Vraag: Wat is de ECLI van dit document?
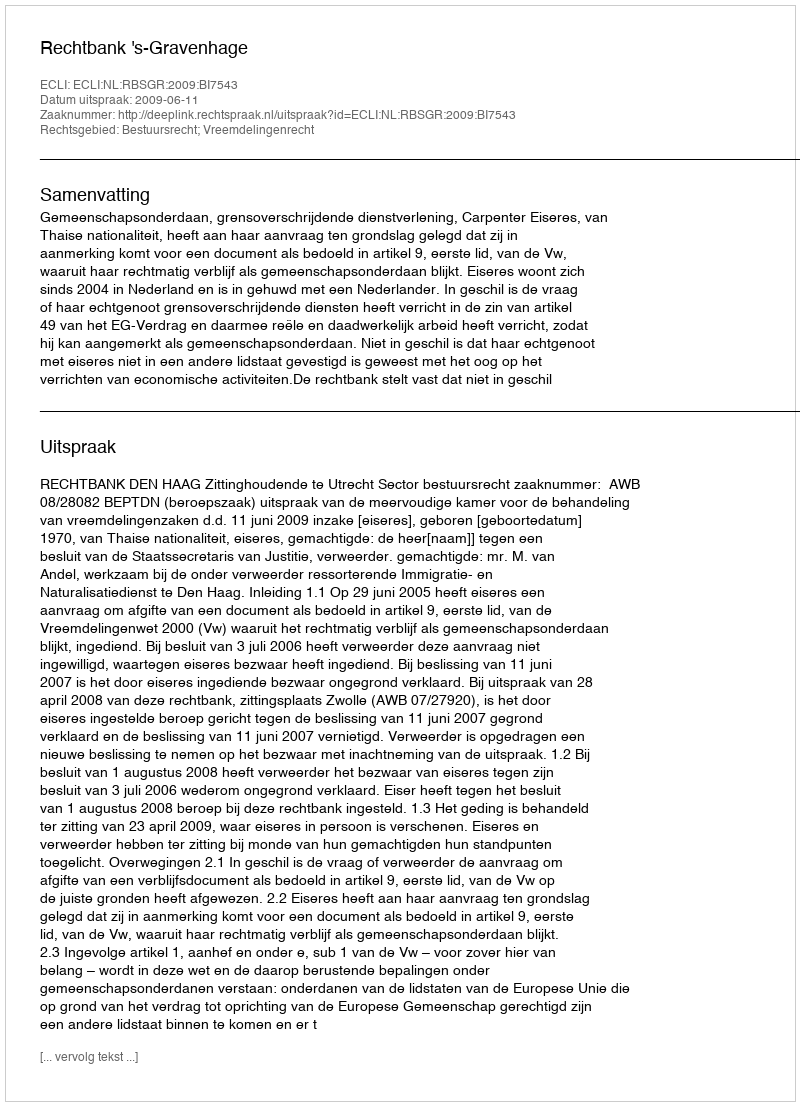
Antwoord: ECLI:NL:RBSGR:2009:BI7543